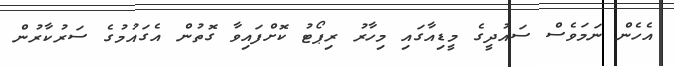
އެހެން ނަމަވެސް ސައުދީގެ މީޑިއާގައި މިހާރު ރިޕޯޓު ކޮށްފައިވާ ގޮތުން އެގައުމުގެ ސަރުކާރުން